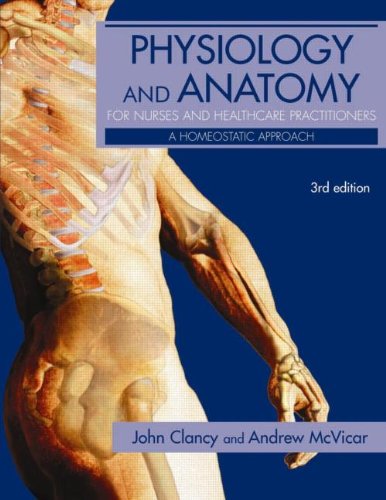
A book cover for Physiology and Anatomy for Nurses and Healthcare Practitioners: A Homeostatic Approach, Third Edition (Hodder Arnold Publication); John Clancy; Medical Books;